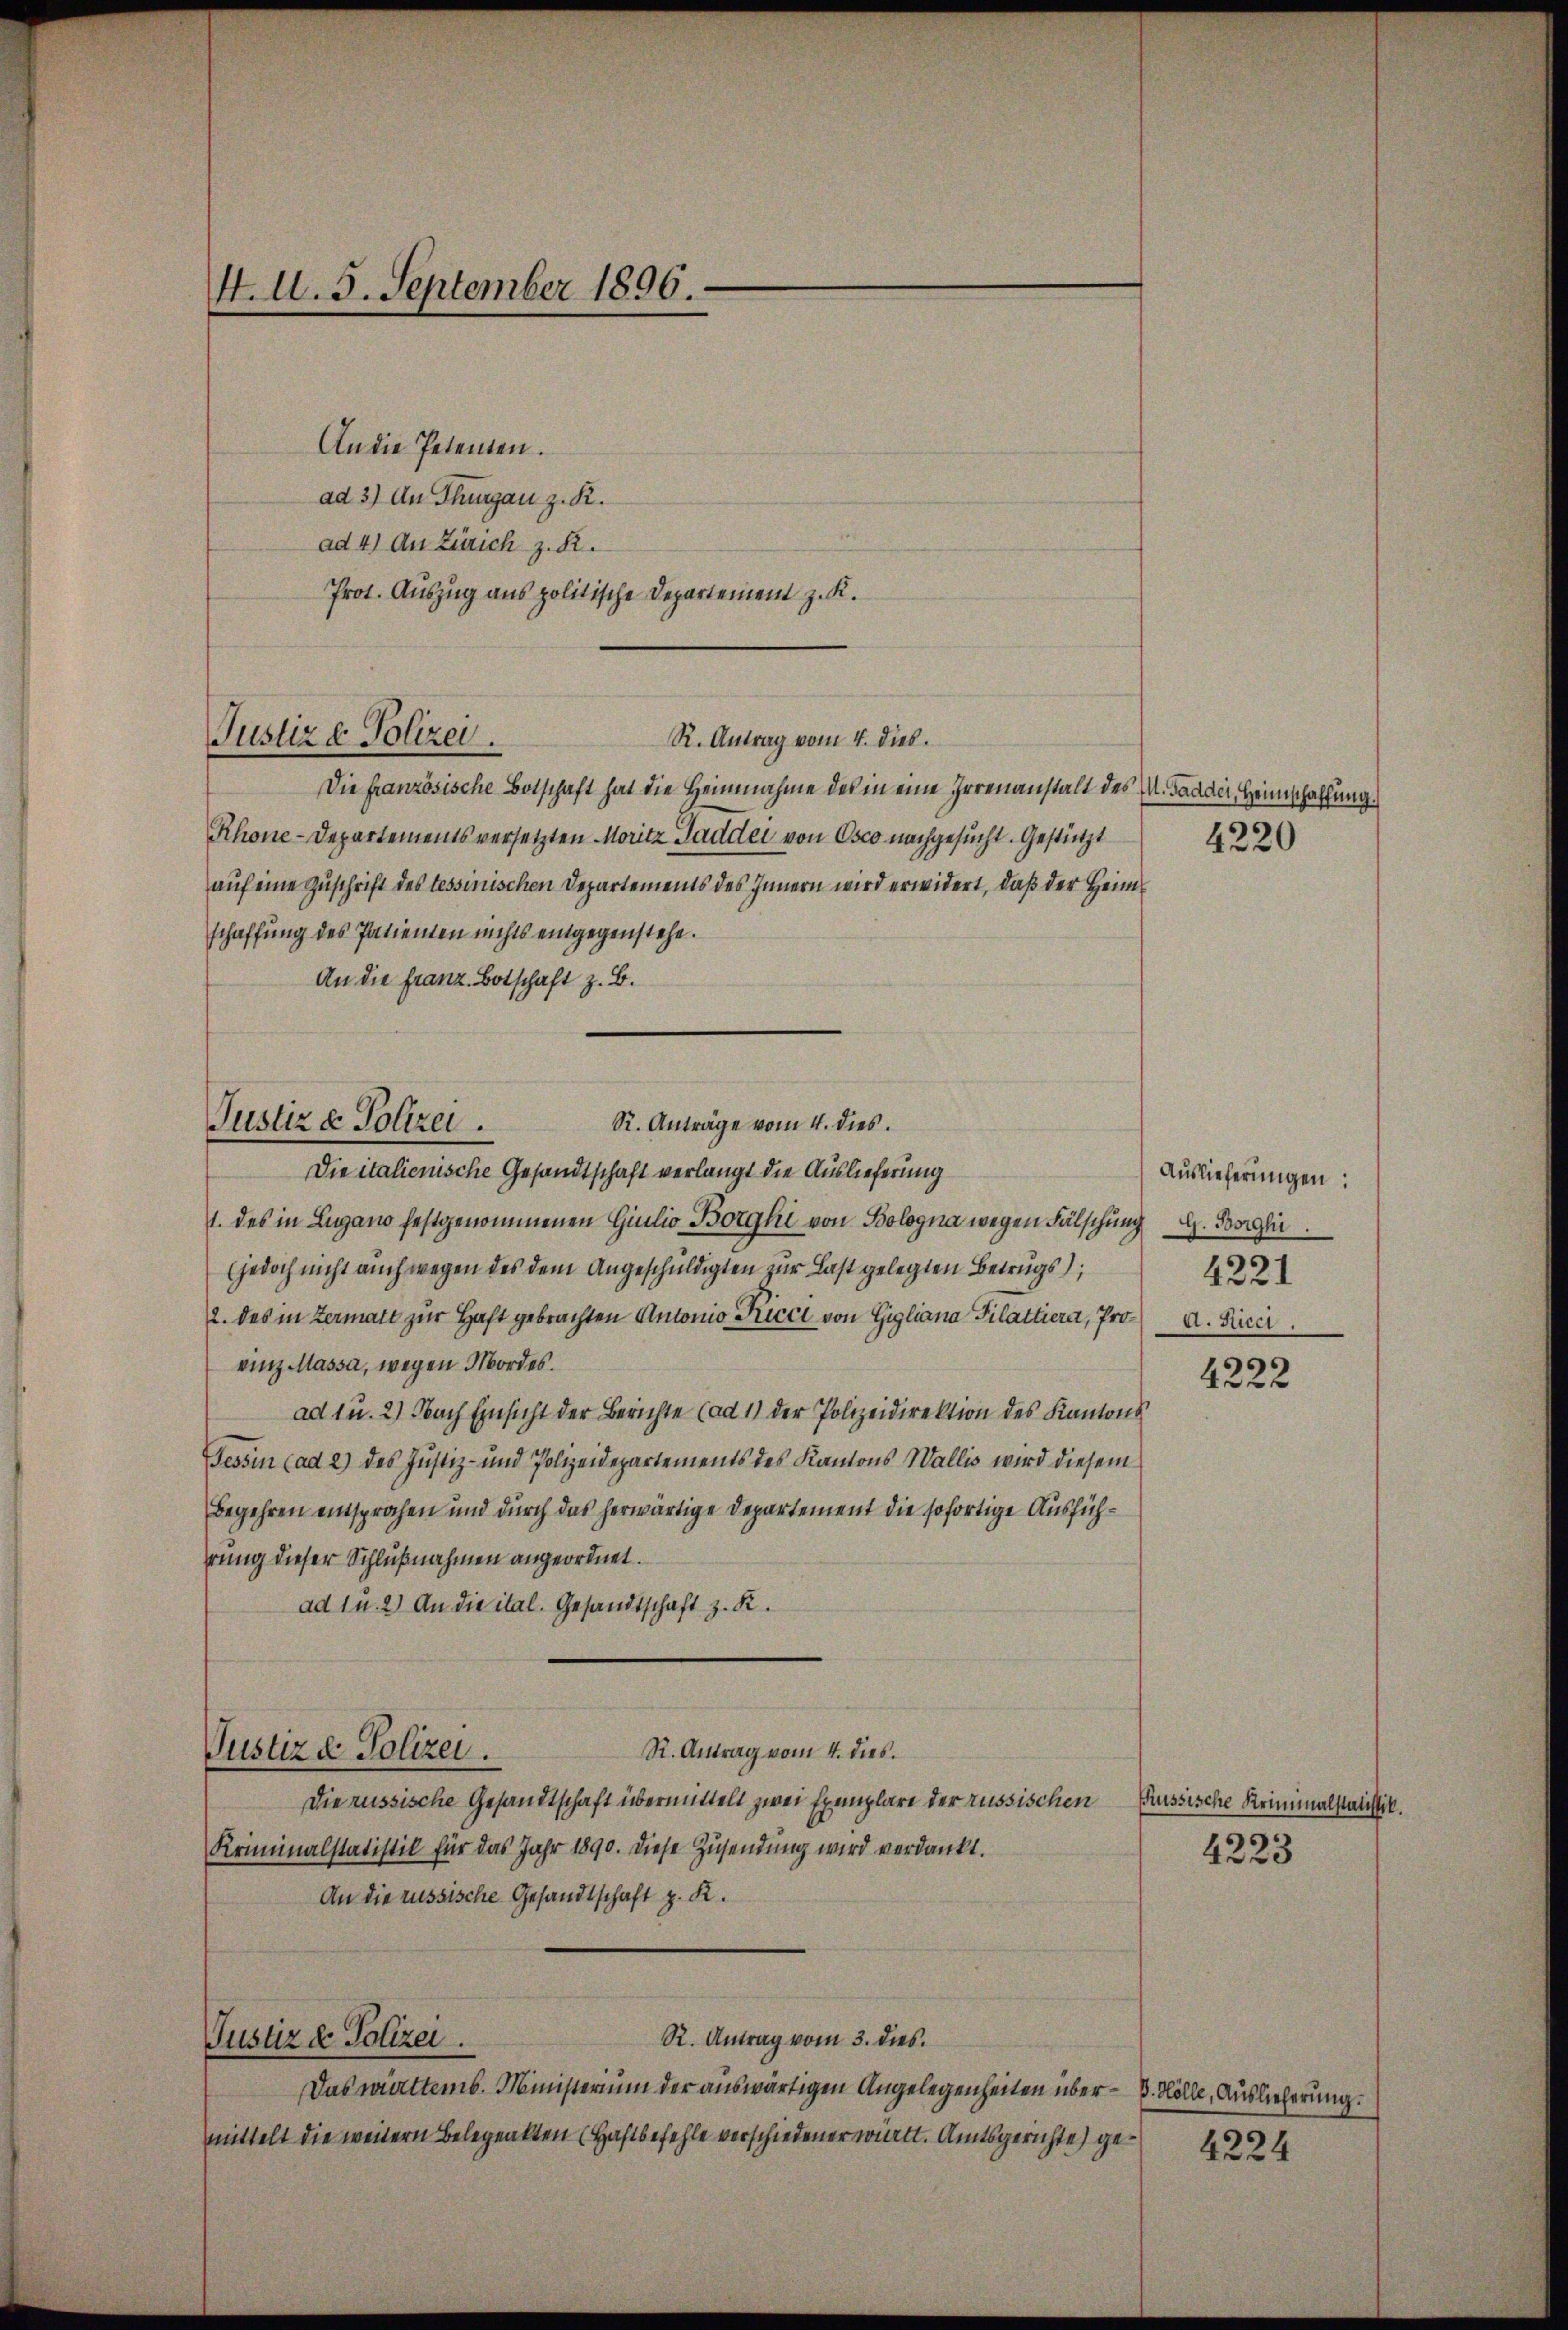
4. d. 5. September 1896.

An die Petenten.
ad 3) An Thurgau z. R.
ad 4) An Zürich z. R.
Prot. Auszug aus politische Departement z. R.
R. Antrag vom 4. dies.
Die französische Botschaft hat die Heinnahme des in eine Irrenanstalt des M. Gadder, Heimschaffung.
Rhone-Departements versetzten Moritz Sadder von Osco nachgesucht. Gestützt
auf eine Zuschrift des tessinischen Departements des Innern wird erwidert, daß der Heim
schaffung des Patienten nichts entgegenstehe.
An die Franz. Botschaft z. B.
R. Anträge vom 4. dies
Die italienische Gesandtschaft verlangt die Auslieferung
1. des in Lugano festgenommenen Giulio Borghi von Bologna wegen Fälschung. Dorli
(jedoch nicht auch wegen des dem Angeschuldigten zur Last gelegten Betrugs;
2. des in Zermatt zur Haft gebrachten Antonio Kicci von Gigliana Pilattiera, Pro a. Ficer
vinz Massa, wegen Mordes.
ad u. 2) Nach Einsicht der Berichte (ad 1) der Polizeidirektion des Kantons
Tessin (ad 2) des Justiz- und Polizeidepartements des Kantons Wallis wird diesem
Begehren entsprochen und durch das herwärtige Departement die sofortige Ausführung dieser Schlußnahmen angeordnet.
ad 1 u. 2) An die ital. Gesandtschaft z. R.
S. Antrag vom 4. dies.
Justiz & Polizei.
Die russische Gesandtschaft übermittelt zwei Exemplare der russischen Russische Kriminalstatistik.
Kriminalstatistik für das Jahr 1890. Diese Zusendung wird verdankt.
An die russische Gesandtschaft z. K.
R. Antrag vom 3. dies
Justiz & Polizei.
Das württemb. Ministerium der auswärtigen Angelegenheiten über - 3. Kolle, Auslieferung.
mittelt die weitern Belegenkten (Haftbefehle verschiedener württ. Amtsgerichte) ge¬

Justiz & Polizei.

Justiz & Polizei.

4220

Auslieferungen:
4221

4222

4223

4224